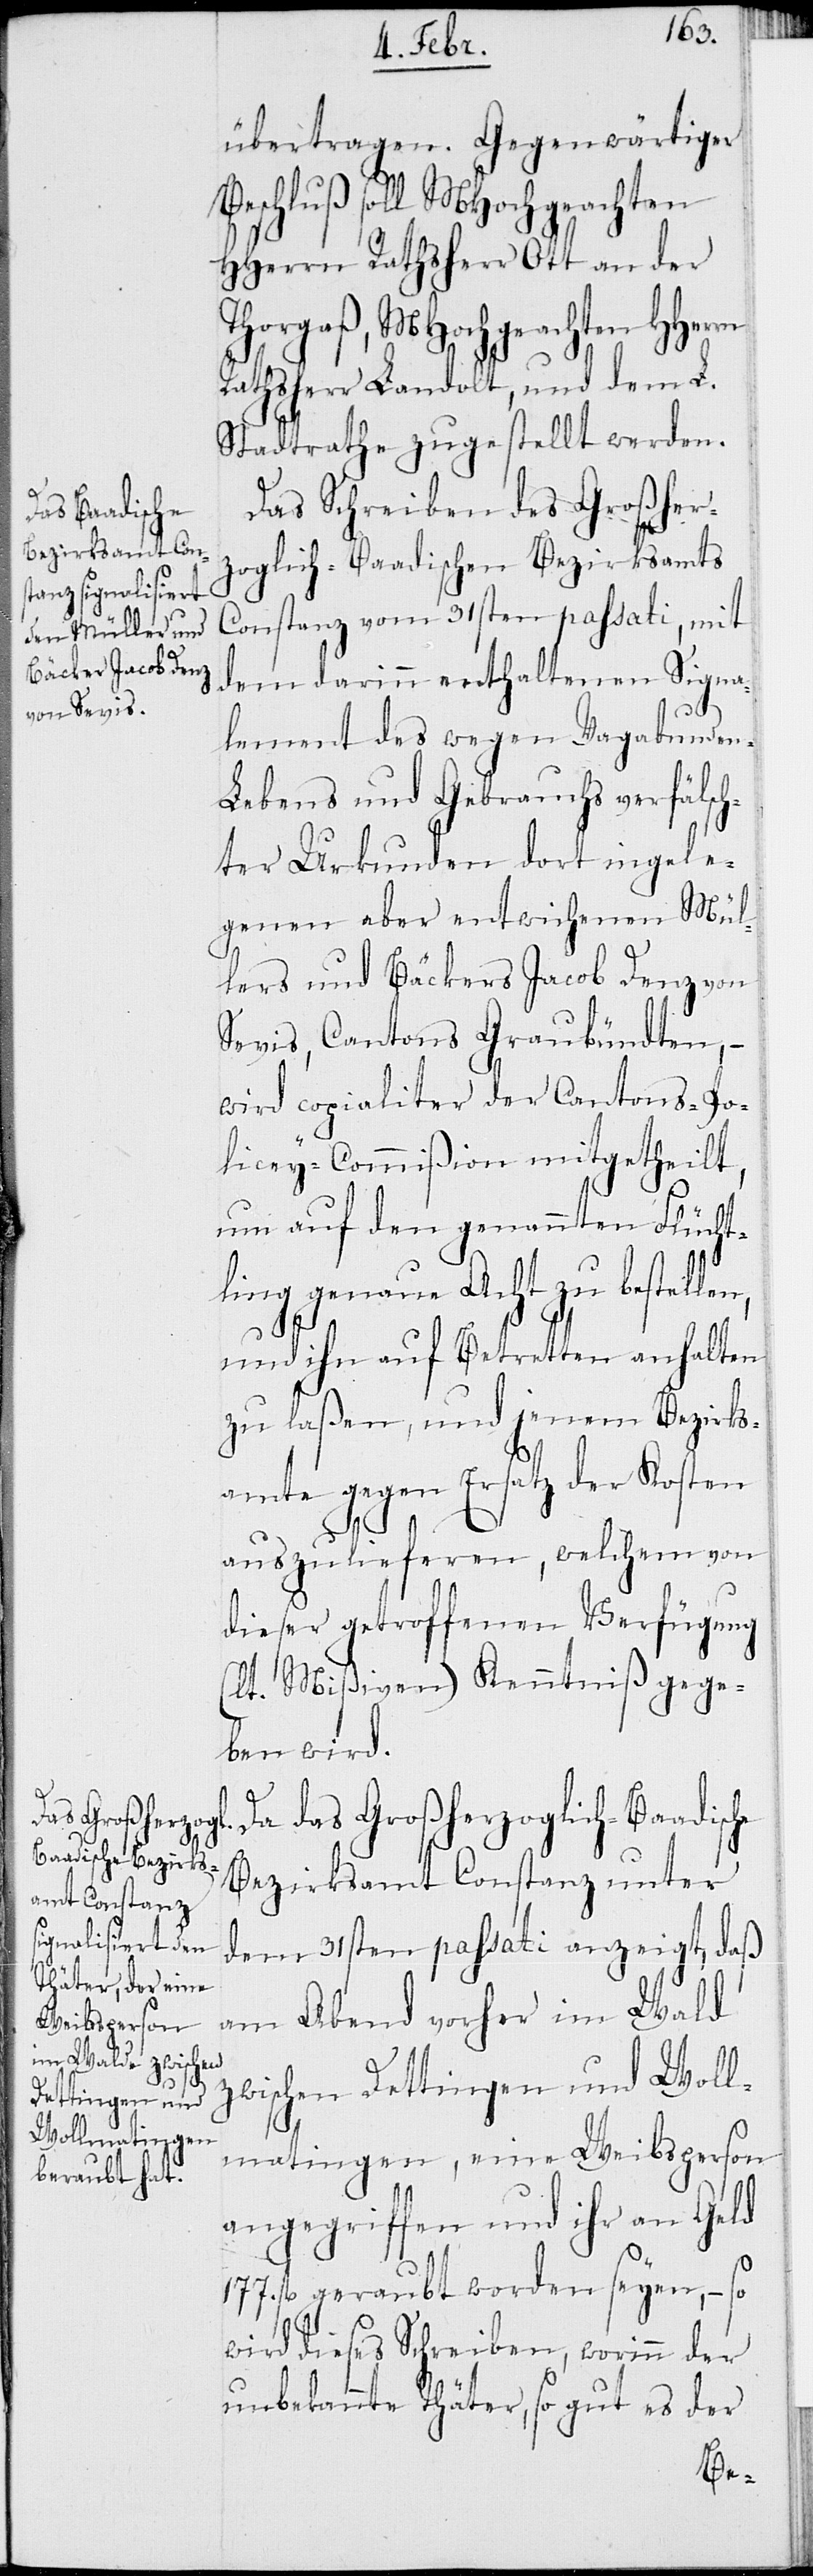
übertragen. Gegenwärtiger
Beschluß soll MHochgeachten
HHerrn Rathsherr Ott an der
Thorgaß, MHochgeachten
Rathsherr Landolt, und dem L.
Stadtrathe zugestellt werden.
Das Schreiben des Großher¬
zoglich-Baadischen Bezirksamts
Constanz vom 31sten passati, mit
dem darinn enthaltenen Signa¬
n,
lement des wegen Vagabunden-L¬
ebens und Gebrauchs verfälsch¬
ter Urkunden dort ingele¬
genen aber entwichenen Mül¬
lers und Bäckers Jacob Denz von
Sevis, Cantons Graubündten, –
wird copialiter der Cantons-Po¬
licey-Commißion mitgetheilt,
um auf den genannten Flücht¬
ling genaue Acht zu bestelle¬
und ihn auf Betretten anhalten
zu laßen, und jenem Bezirks¬
amte gegen Ersatz der Kosten
auszulieferen, welchem von
dieser getroffenen Verfügung
(lt. Mißiven) Kenntniß gege¬
ben wird.
Da das Großherzoglich-Baadische
Bezirksamt Constanz unter
dem 31sten passati anzeigt, daß
am Abend vorher im Wald
zwischen Dettingen und Woll¬
matingen, eine Weibsperson
angegriffen und ihr an Geld
177. fl geraubt worden seyen, – so
wird dieses Schreiben, worinn der
unbekannte Thäter, so gut es der